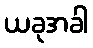
ယခုအခါ